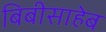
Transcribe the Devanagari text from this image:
बिबीसाहेब